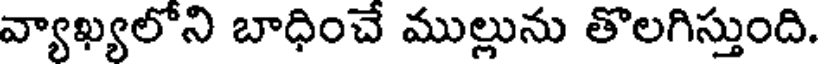
వ్యాఖ్యలోని బాధించే ముల్లును తొలగిస్తుంది.